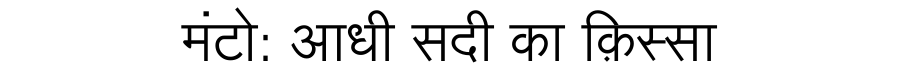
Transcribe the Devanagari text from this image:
मंटो: आधी सदी का क़िस्सा